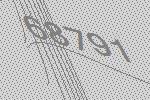
68791